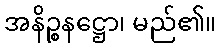
အနိဉ္စနဋ္ဌော၊ မည်၏။